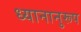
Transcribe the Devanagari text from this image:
ध्यानानुरूप